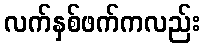
လက်နှစ်ဖက်ကလည်း